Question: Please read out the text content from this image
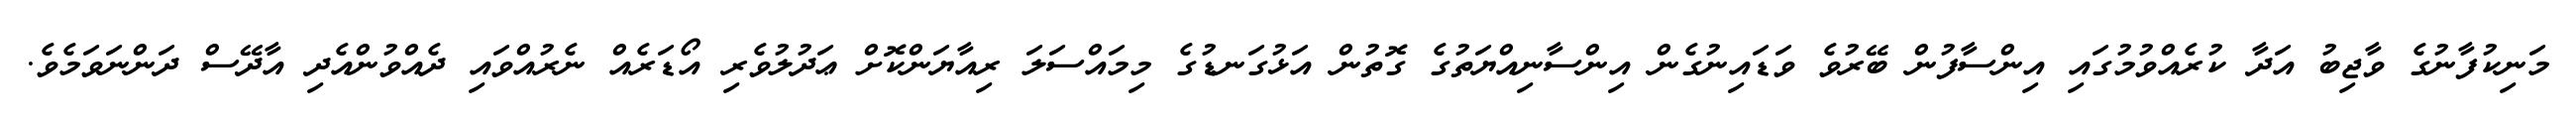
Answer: މަނިކުފާނުގެ ވާޖިބު އަދާ ކުރެއްވުމުގައި އިންސާފުން ބޭރުވެ ވަޑައިނުގެން އިންސާނިއްޔަތުގެ ގޮތުން އަޅުގަނޑުގެ މިމައްސަލަ ރިއާޔަންކޮށް ޢަދުލުވެރި އޯޑަރެއް ނެރުއްވައި ދެއްވުންއެދި އާދޭސް ދަންނަވަމެވެ.